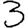
Digit: 3